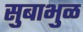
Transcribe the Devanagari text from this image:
सुबाभुळ